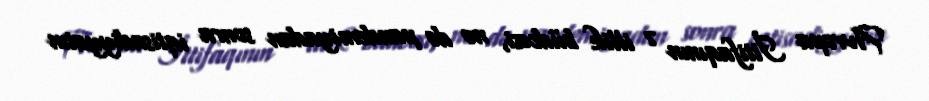
Avropa İttifaqının 7 illik büdcəsi, nə də pandemiyadan sonra iqtisadiyyatın